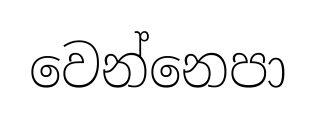
වෙන්නෙපා